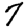
Digit: 7